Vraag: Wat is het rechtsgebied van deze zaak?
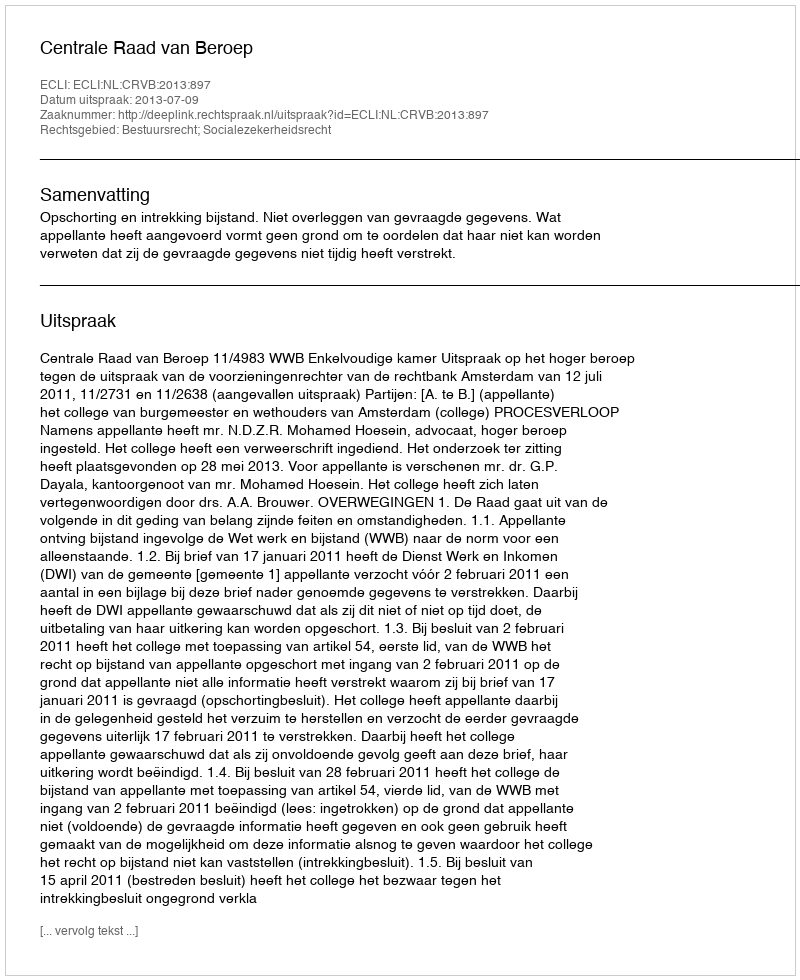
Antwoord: Bestuursrecht; Socialezekerheidsrecht